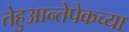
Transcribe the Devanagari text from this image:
तेहुआन्तेपेकच्या